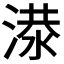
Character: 𬈘